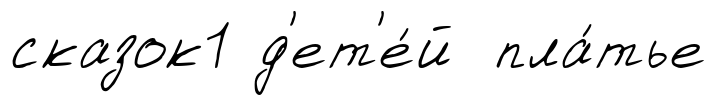
сказок1 д'ет'е́й пла́тье